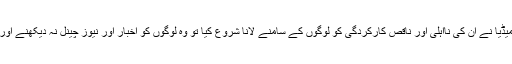
پھر جب حکومت میں آنے کے بعد میڈیا نے ان کی نااہلی اور ناقص کارکردگی کو لوگوں کے سامنے لانا شروع کیا تو وہ لوگوں کو اخبار اور نیوز چینل نہ دیکھنے اور دوُر رہنے کا مشورہ دے رہے ہیں۔